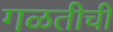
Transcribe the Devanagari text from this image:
गळतीची